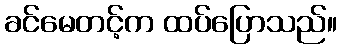
ခင်မေတင့်က ထပ်ပြောသည်။